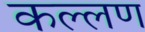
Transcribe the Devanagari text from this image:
कल्लण